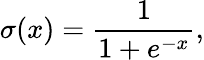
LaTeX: \sigma(x)=\frac{1}{1+e^{-x}},